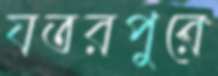
যতরপুরে